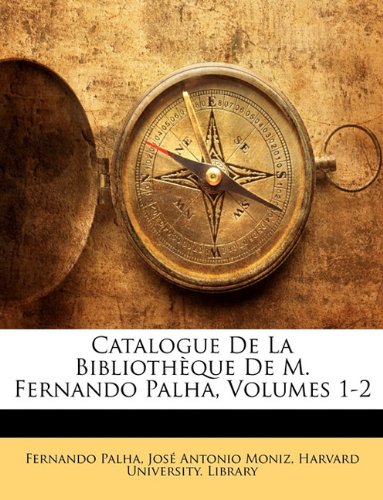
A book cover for Catalogue De La BibliothÃ¨que De M. Fernando Palha, Volumes 1-2 (French Edition); Fernando Palha; Crafts, Hobbies & Home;